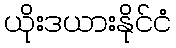
ယိုးဒယားနိုင်ငံ